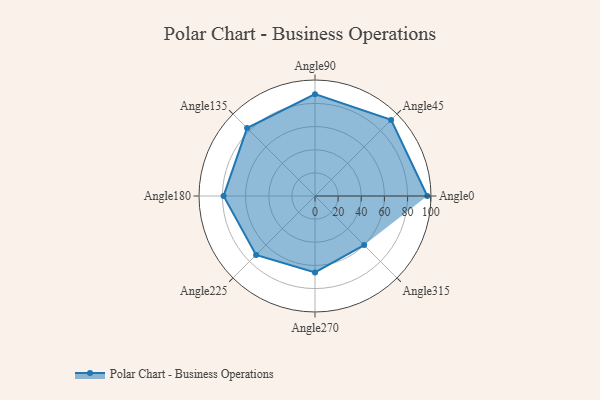
{"axis": {"x": "Angle", "y": "Radius"}, "legend": [""], "data": [{"x": "Angle0", "y": 97.0, "type": ""}, {"x": "Angle45", "y": 93.0, "type": ""}, {"x": "Angle90", "y": 88.0, "type": ""}, {"x": "Angle135", "y": 83.0, "type": ""}, {"x": "Angle180", "y": 79.0, "type": ""}, {"x": "Angle225", "y": 72.0, "type": ""}, {"x": "Angle270", "y": 66.0, "type": ""}, {"x": "Angle315", "y": 60.0, "type": ""}]}